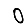
Digit: 0